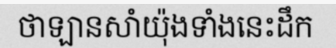
ថាឡានសាំយ៉ុងទាំងនេះដឹក